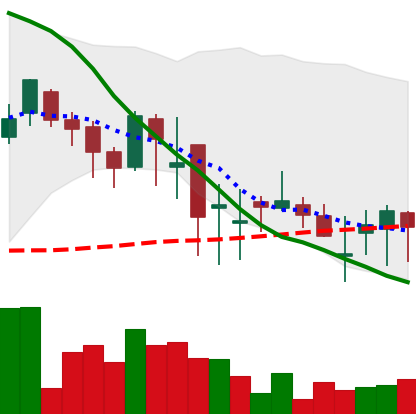
Ticker: DOGE-USD
Chart end date: 2018-05-21
Forward return: -18.918%
Label: down_7plus